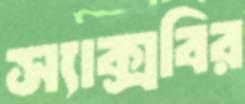
স্যাক্সবির